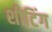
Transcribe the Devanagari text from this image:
शीटिंग